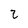
Character: 2